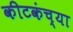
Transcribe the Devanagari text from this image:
कीटकंच्या